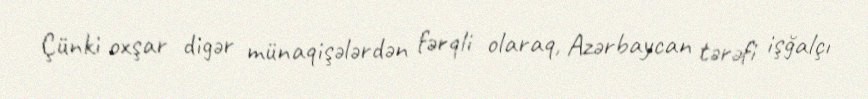
Çünki oxşar digər münaqişələrdən fərqli olaraq, Azərbaycan tərəfi işğalçı